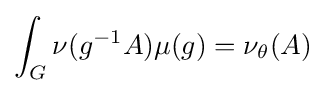
\int _{G}\nu (g^{-1}A)\mu (g)=\nu _{\theta }(A)